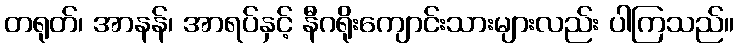
တရုတ်၊ အာနန်၊ အာရပ်နှင့် နီဂရိုးကျောင်းသားများလည်း ပါကြသည်။